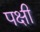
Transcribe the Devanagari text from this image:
पक्षी